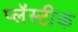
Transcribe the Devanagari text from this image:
प्लॅस्टीक